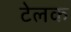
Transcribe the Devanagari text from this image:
टेलक